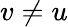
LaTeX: v\neq u